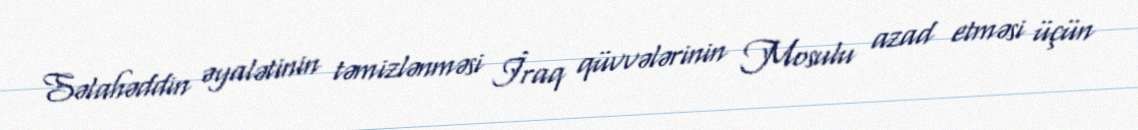
Səlahəddin əyalətinin təmizlənməsi İraq qüvvələrinin Mosulu azad etməsi üçün